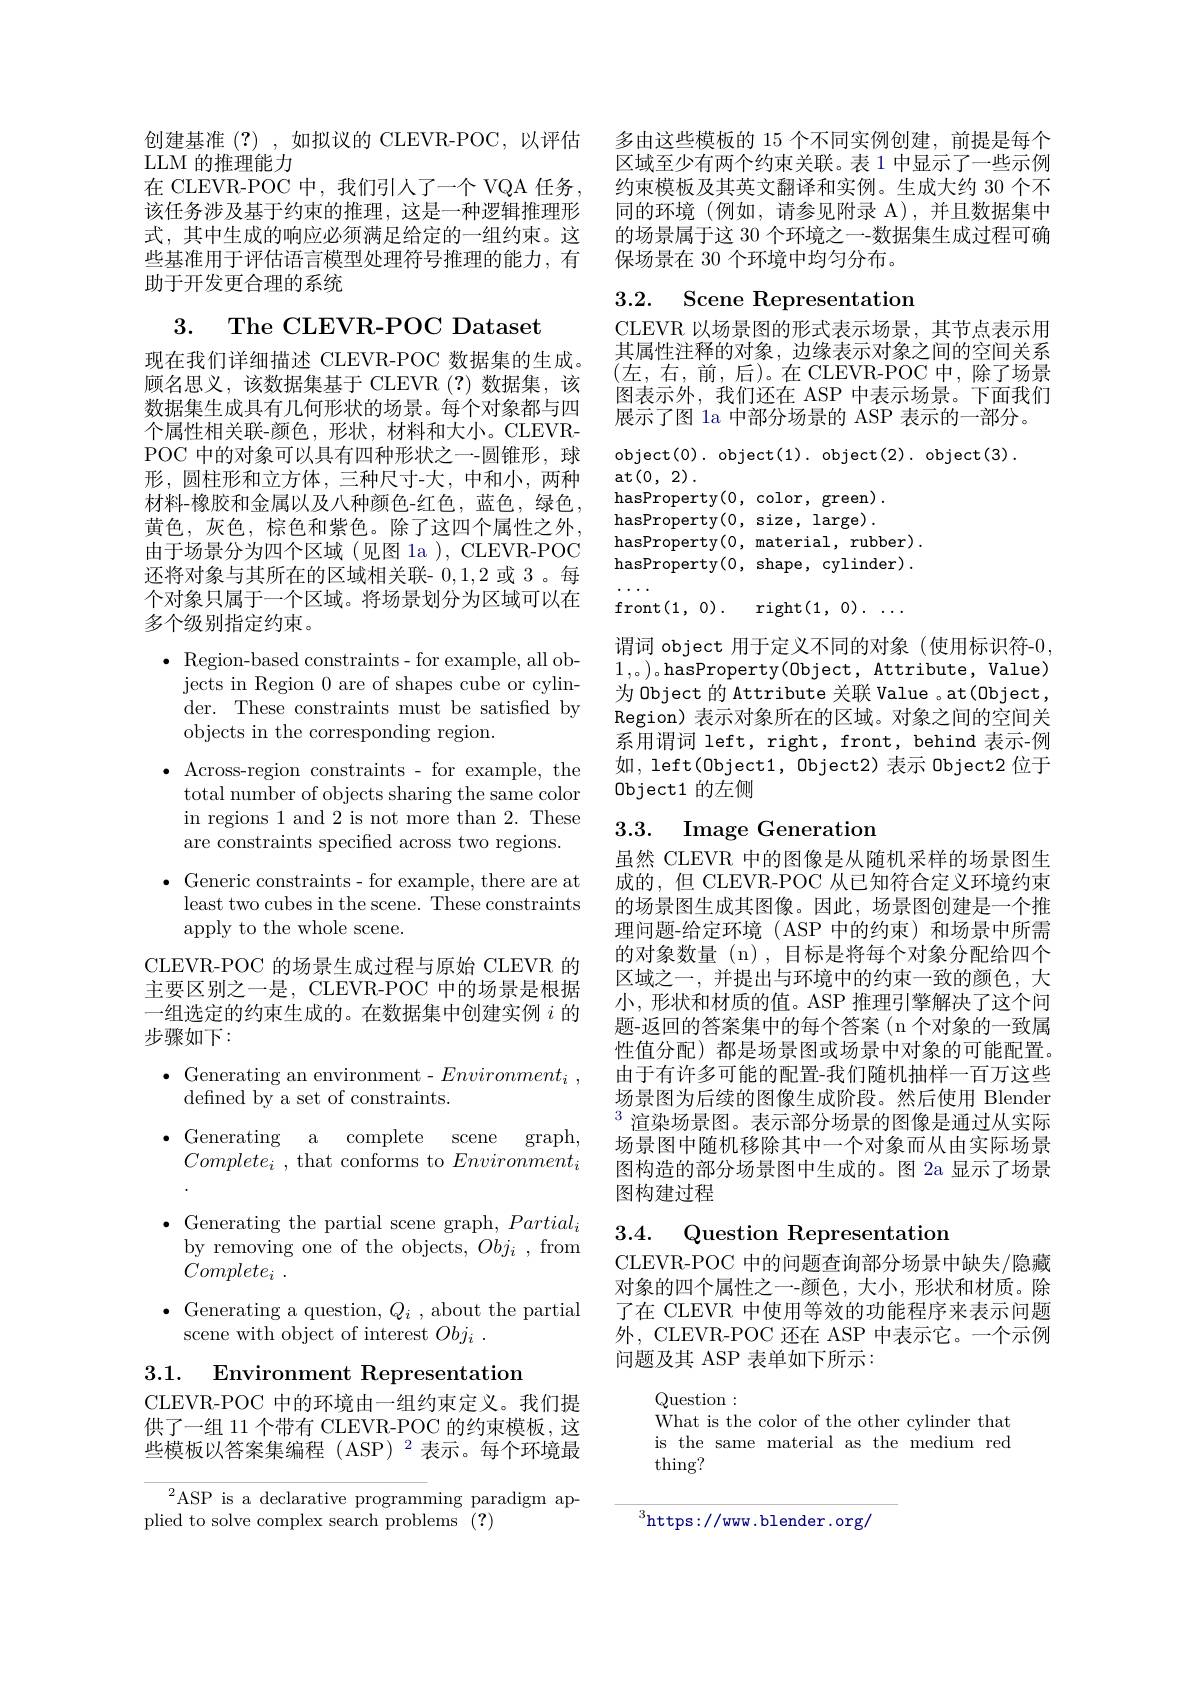
创建基准 (?) , 如拟议的 CLEVR-POC, 以评估
LLM 的推理能力
在 CLEVR-POC 中，我们引人了一个 VQA 任务。该任务涉及基于约束的推理，这是一种逻辑推理形式，其中生成的响应必须满足给定的一组约束。这些基准用于评估语言模型处理符号推理的能力，有助于开发更合理的系统

3. The CLEVR-POC Dataset

现在我们详细描述 CLEVR-POC 数据集的生成。顾名思义，该数据集基于 CLEVR (?)数据集，该数据集生成具有几何形状的场景。每个对象都与四个属性相关联-颜色，形状，材料和大小。CLEVRPOC 中的对象可以具有四种形状之一-圆锥形，球形，圆柱形和立方体，三种尺寸-大，中和小，两种材料-橡胶和金属以及八种颜色-红色，蓝色，绿色黄色，灰色，棕色和紫色。除了这四个属性之外， 由于场景分为四个区域 (见图 1a ), CLEVR-POC 还将对象与其所在的区域相关联- 0,1,2或 3。每个对象只属于一个区域。将场景划分为区域可以在多个级别指定约束。

$\bullet$ Region-based constraints- for example, all ob-

jects in Region 0 are of shapes cube or cylin-

der. These constraints must be satisfied by

objects in the corresponding region.

$\bullet$ Across-region constraints- for example, the

total number of objects sharing the same color

in regions 1 and 2 is not more than 2. These

are constraints specified across two regions.

$\bullet$ Generic constraints- for example, there are at

least two cubes in the scene. These constraints

apply to the whole scene.

CLEVR-POC 的场景生成过程与原始 CLEVR 的主要区别之一是，CLEVR-POC 中的场景是根据一组选定的约束生成的。在数据集中创建实例$i$的步骤如下：

$\bullet$Generating an environment- $Environment_i$,

defined by a set of constraints.

$\cdot$ Generating

a complete

scene graph,

$Complete_i$ , that conforms to $Environment_i$

$\bullet$ Generating the partial scene graph, $Partial_i$

by removing one of the objects, $Obj_i$ , from

$Complete_i$ .

$\bullet$ Generating a question, $Q_i$ , about the partial

scene with object of interest $Obj_i$ .

3.1. Environment Representation

CLEVR-POC 中的环境由一组约束定义。我们提供了一组 11 个带有 CLEVR-POC 的约束模板，这些模板以答案集编程 (ASP) $^2$表示。每个环境最

$^{2}$ASP is a declarative programming paradigm ap-
plied to solve complex search problems (?)

多由这些模板的 15 个不同实例创建，前提是每个区域至少有两个约束关联。表 1 中显示了一些示例约束模板及其英文翻译和实例。生成大约 30 个不同的环境 (例如，请参见附录 A),并且数据集中的场景属于这 30 个环境之一-数据集生成过程可确保场景在 30 个环境中均匀分布。

3.2. Scene Representation

CLEVR 以场景图的形式表示场景，其节点表示用其属性注释的对象，边缘表示对象之间的空间关系(左，右，前，后)。在 CLEVR-POC 中，除了场景图表示外，我们还在 ASP 中表示场景。下面我们展示了图 la 中部分场景的 ASP 表示的一部分。

object(0). object(1). object(2). object(3).
$\operatorname{at}\left(0,\:2\right).$
hasProperty(0,color,green). $\operatorname{hasProperty}(0$,size,large). hasProperty(0, material, rubber) . hasProperty( 0, shape, cylinder) . $\cdot\cdot\cdot\cdot\cdot$
front(1,0). right$(1,0).\ldots$
谓词 object 用于定义不同的对象(使用标识符-0, 1,。)。hasProperty(0bject, Attribute, Value) 为 Object 的 Attribute 关联 Value 。at(0bject, Region) 表示对象所在的区域。对象之间的空间关系用谓词 left, right, front, behind 表示-例如，left(0bject1, 0bject2) 表示 0bject2 位于0bject1 的左侧

## 3.3. Image Generation

虽然 CLEVR 中的图像是从随机采样的场景图生成的，但 CLEVR-POC 从已知符合定义环境约束的场景图生成其图像。因此，场景图创建是一个推理问题-给定环境( ASP 中的约束) 和场景中所需的对象数量(n), 目标是将每个对象分配给四个区域之一，并提出与环境中的约束一致的颜色，大小，形状和材质的值。ASP 推理引擎解决了这个问题-返回的答案集中的每个答案(n个对象的一致属性值分配)都是场景图或场景中对象的可能配置。由于有许多可能的配置-我们随机抽样一百万这些场景图为后续的图像生成阶段。然后使用 Blender $^{3}$渲染场景图。表示部分场景的图像是通过从实际场景图中随机移除其中一个对象而从由实际场景图构造的部分场景图中生成的。图 2a 显示了场景图构建过程

3.4. Question Representation

CLEVR-POC 中的问题查询部分场景中缺失/隐藏对象的四个属性之一-颜色，大小，形状和材质。除了在 CLEVR 中使用等效的功能程序来表示问题外，CLEVR-POC 还在 ASP 中表示它。一个示例问题及其 ASP 表单如下所示：

Question:
What is the color of the other cylinder that is the same material as the medium red thing?

${^3\mathrm{https://ww.blender.org/}}$